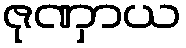
ဇုဏှာယ